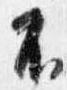
不